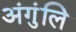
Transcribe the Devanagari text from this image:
अंगुंलि